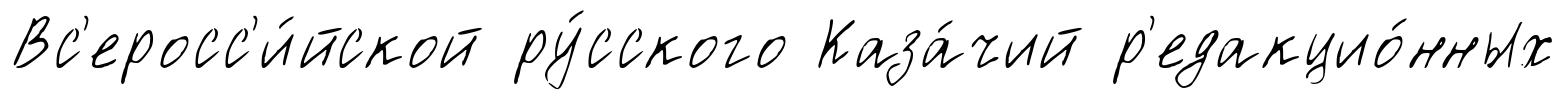
Вс'еросс'и́йской ру́сского Каза́чий р'едакцио́нных